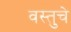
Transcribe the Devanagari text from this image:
वस्तुचे